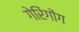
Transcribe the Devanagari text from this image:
गेरिंगोंग